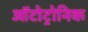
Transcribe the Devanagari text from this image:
ऑटोट्रोनिक